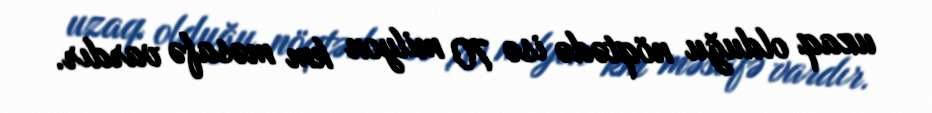
uzaq olduğu nöqtədə isə 70 milyon km məsafə vardır.